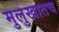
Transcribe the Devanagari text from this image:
मुलुखातच